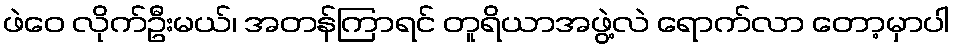
ဖဲဝေ လိုက်ဦးမယ်၊ အတန်ကြာရင် တူရိယာအဖွဲ့လဲ ရောက်လာ တော့မှာပါ